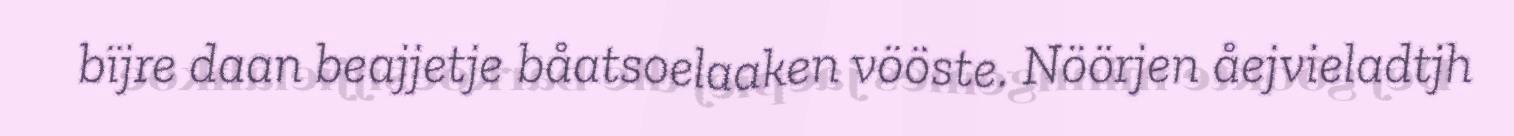
bïjre daan beajjetje båatsoelaaken vööste. Nöörjen åejvieladtjh